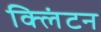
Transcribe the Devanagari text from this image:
क्‍लिंटन